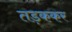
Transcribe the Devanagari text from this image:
तड़ककर